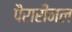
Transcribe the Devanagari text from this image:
पैरारीनल